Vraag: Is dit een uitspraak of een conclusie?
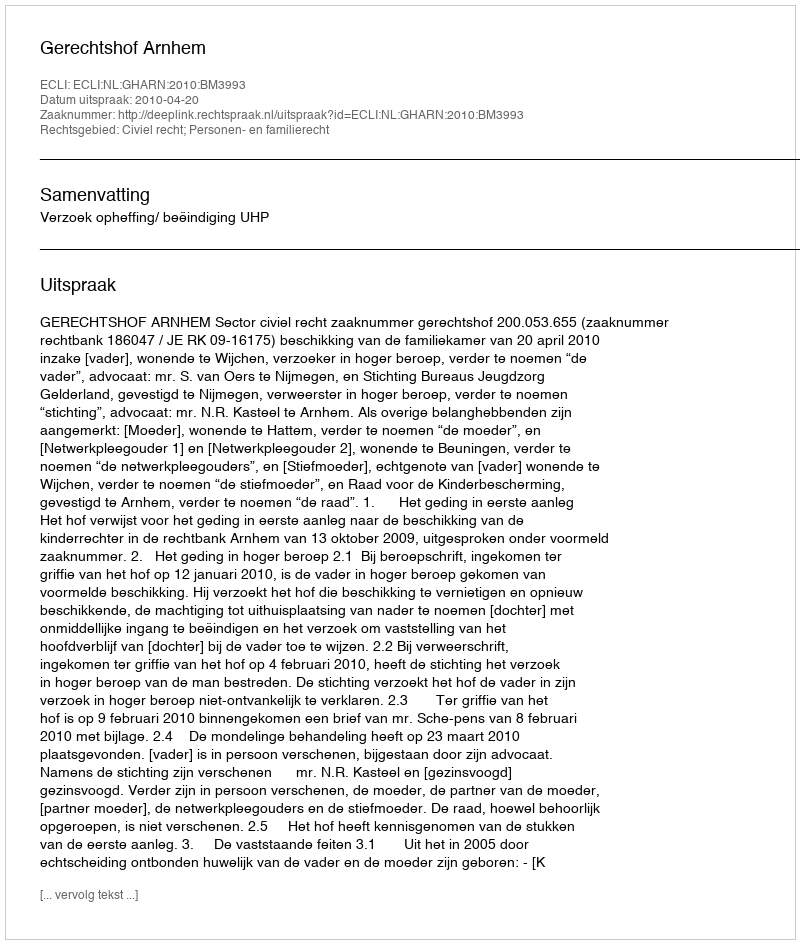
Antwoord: Uitspraak